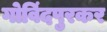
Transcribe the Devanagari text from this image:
गोविंदपुरकर